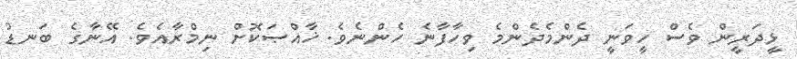
ޅީދަރީން ވެސް ހީވަނީ ދެންމެދެންމެ ވިހާފާނެ ހެންނެވެ. ޚާއްޞަކޮށް ނިމްރާއެވެ. އޭނާގެ ބަނޑު